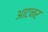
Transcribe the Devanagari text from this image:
आटनर